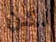
لكن